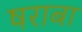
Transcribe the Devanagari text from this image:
षराबा